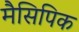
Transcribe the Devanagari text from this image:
मैसिपिक